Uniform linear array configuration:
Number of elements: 64
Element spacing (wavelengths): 1
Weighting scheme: uniform
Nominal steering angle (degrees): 45
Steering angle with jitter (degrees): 45.607
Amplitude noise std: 0.05
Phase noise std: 0.05

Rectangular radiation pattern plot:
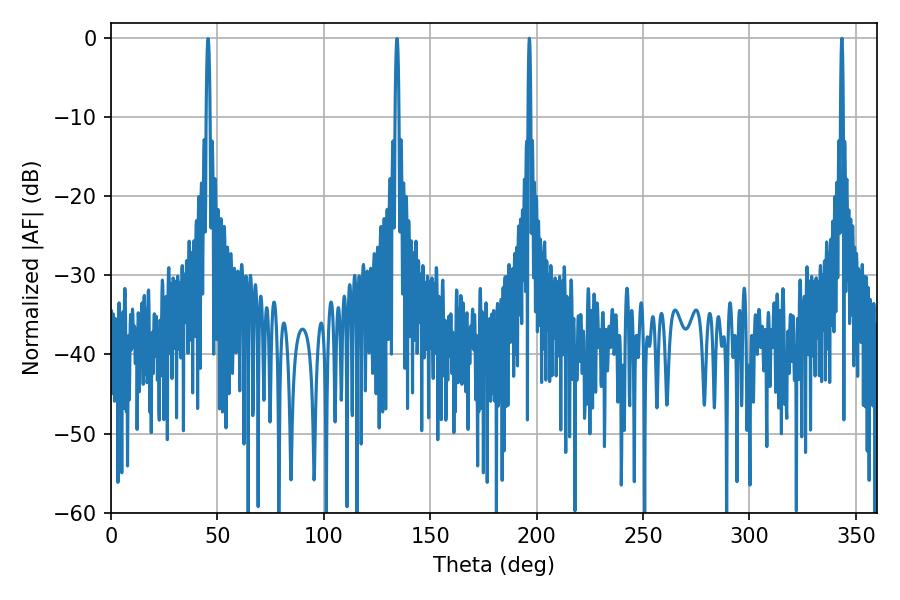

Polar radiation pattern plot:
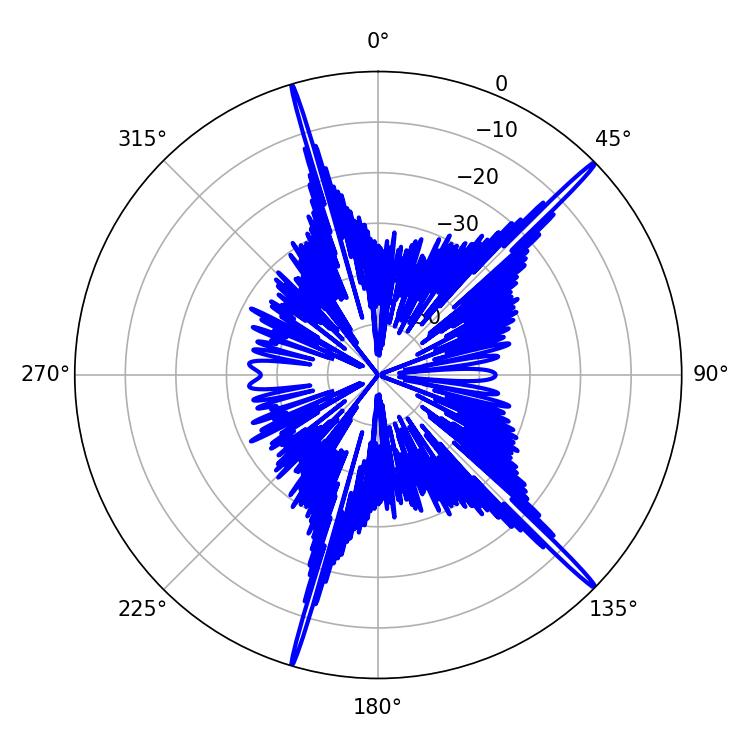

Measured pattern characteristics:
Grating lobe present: TRUE
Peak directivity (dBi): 19.492
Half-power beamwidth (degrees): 0.72
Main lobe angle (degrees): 196.56